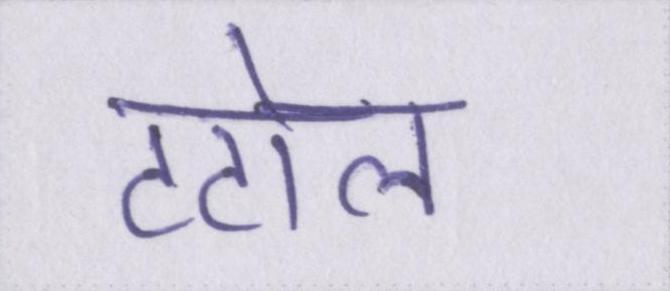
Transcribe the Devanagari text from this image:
टटोल